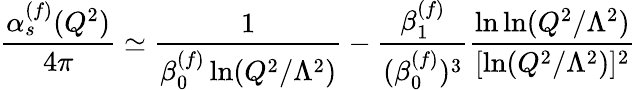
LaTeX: \frac{\alpha_{s}^{(f)}(Q^{2})}{4\pi}\simeq\frac{1}{\beta_{0}^{(f)}\ln(Q^{2}/\Lambda^{2})}-\frac{\beta_{1}^{(f)}}{(\beta_{0}^{(f)})^{3}}\frac{\ln\ln(Q^{2}/\Lambda^{2})}{[\ln(Q^{2}/\Lambda^{2})]^{2}}